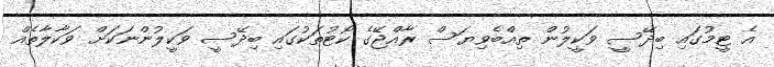
އެ ޓީމުގައި ބިދޭސީ ވަކީލުން ތިއްބެވިޔަސް ރާއްޖޭގެ ކޯޓުތަކުގައި ބިދޭސީ ވަކީލުންނަކަށް ވަކާލާތެއް